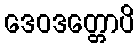
ဒေဝဒတ္တောပိ